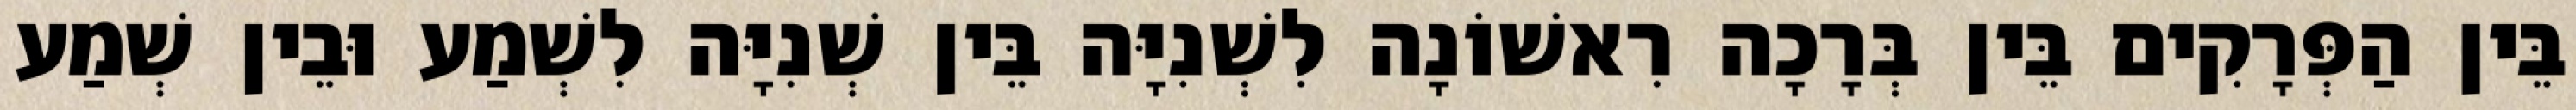
בֵּין הַפְּרָקִים בֵּין בְּרָכָה רִאשׁוֹנָה לִשְׁנִיָּה בֵּין שְׁנִיָּה לִשְׁמַע וּבֵין שְׁמַע